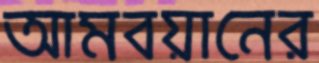
আমবয়ানের